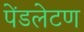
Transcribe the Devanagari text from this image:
पेंडलेटण